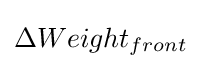
\Delta Weight_{front}